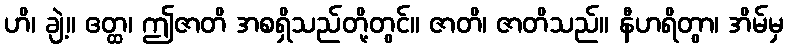
ဟိ၊ ချဲ့။ ဧတ္ထ၊ ဤဇာတိ အစရှိသည်တို့တွင်။ ဇာတိ၊ ဇာတိသည်။ နီဟရိတွာ၊ အိမ်မှ